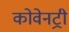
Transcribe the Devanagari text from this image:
कोवेनट्री